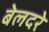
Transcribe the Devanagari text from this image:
बेलदरे